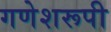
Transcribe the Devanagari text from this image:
गणेशरूपी